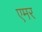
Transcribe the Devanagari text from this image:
एमर